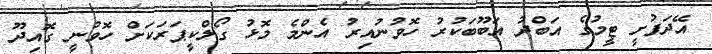
އޭދަފުށީ ޓީމުގެ އަބްދު އަބޫބަކުރު ހޮވުނުއިރު އެންމެ މޮޅު ގޯލްކީޕަރަކަށް ހޮވުނީ ގޮއިދޫ